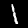
Label: 1